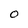
Character: O